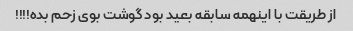
از طریقت با اینهمه سابقه بعید بود گوشت بوی زحم بده!!!!